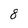
Character: 8